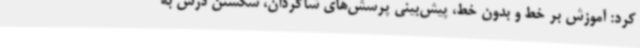
کرد: آموزش بر خط و بدون خط، پیش‌بینی پرسش‌های شاگردان، شکستن درس به